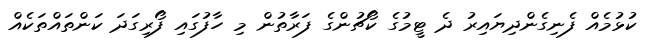
ކުޅުމެއް ފެނިގެންދިޔައިރު ދެ ޓީމުގެ ކޯޗުންގެ ފަރާތުން މި ހާފުގައި ފޯރިގަދަ ކަންތައްތަކެއް